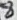
Text: 8